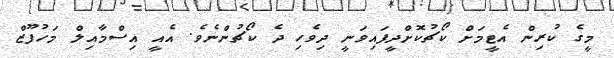
މީގެ ކުރިން އެޓީމަށް ކޯޗުކޮށްދީފައިވަނީ ދިވެހި ދެ ކޯޗުންނެވެ. އެއީ އިސްމާއިލް މަހުފޫޒް